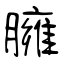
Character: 臃